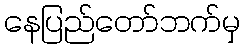
နေပြည်တော်ဘက်မှ